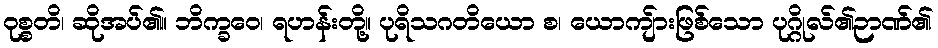
ဝုစ္စတိ၊ ဆိုအပ်၏။ ဘိက္ခဝေ၊ ရဟန်းတို့။ ပုရိသဂတိယော စ၊ ယောကျ်ားဖြစ်သော ပုဂ္ဂိုလ်၏ဉာဏ်၏